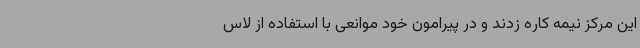
این مرکز نیمه کاره زدند و در پیرامون خود موانعی با استفاده از لاس